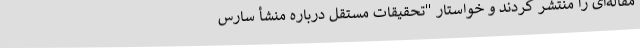
مقاله‌ای را منتشر کردند و خواستار "تحقیقات مستقل درباره منشأ سارس